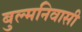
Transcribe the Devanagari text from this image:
बुल्मनिवासी